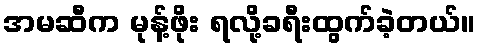
အမဆီက မုန့်ဖိုး ရလို့ခရီးထွက်ခဲ့တယ်။